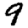
Digit: 9